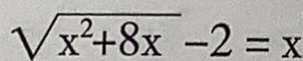
\sqrt { x ^ { 2 } + 8 x } - 2 = x